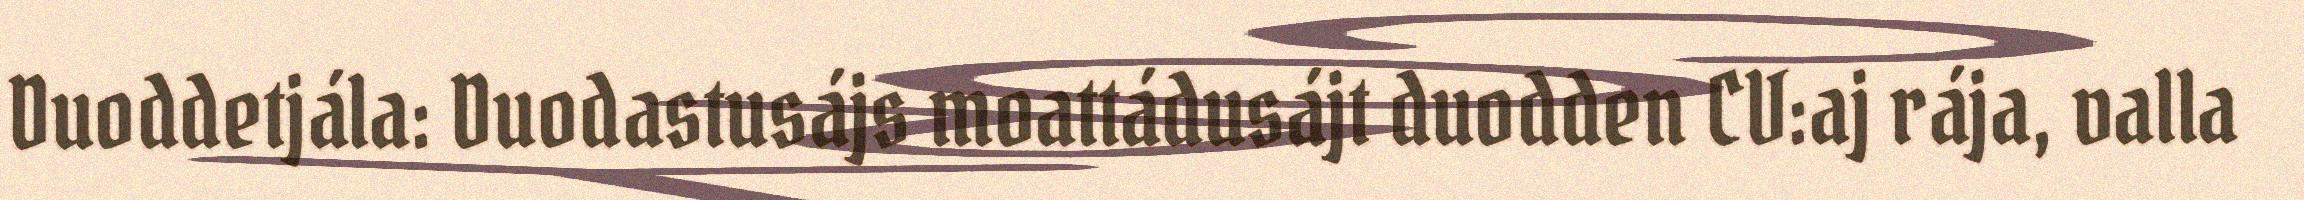
Duoddetjála: Duodastusájs moattádusájt duodden CV:aj rája, valla